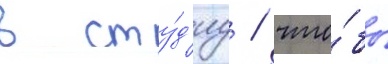
в сту́д'иу / что́бы